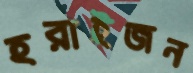
হরাইজন